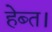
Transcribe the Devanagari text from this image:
हेब्त।